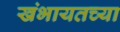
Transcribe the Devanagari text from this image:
खंभायतच्या